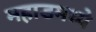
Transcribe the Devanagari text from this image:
महाडमध्ये